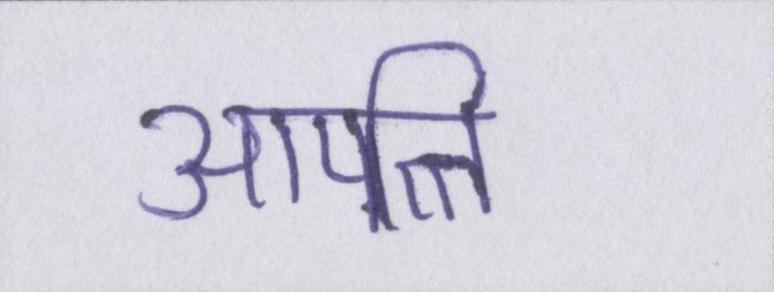
आपत्ति